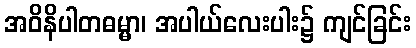
အဝိနိပါတဓမ္မာ၊ အပါယ်လေးပါး၌ ကျင်ခြင်း